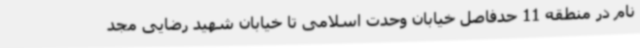
نام در منطقه 11 حدفاصل خیابان وحدت اسلامی تا خیابان شهید رضایی مجد